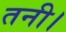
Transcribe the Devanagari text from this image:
तनी।